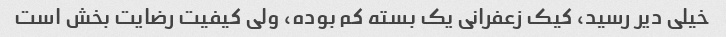
خیلی دیر رسید، کیک زعفرانی یک بسته کم بوده، ولی کیفیت رضایت بخش است